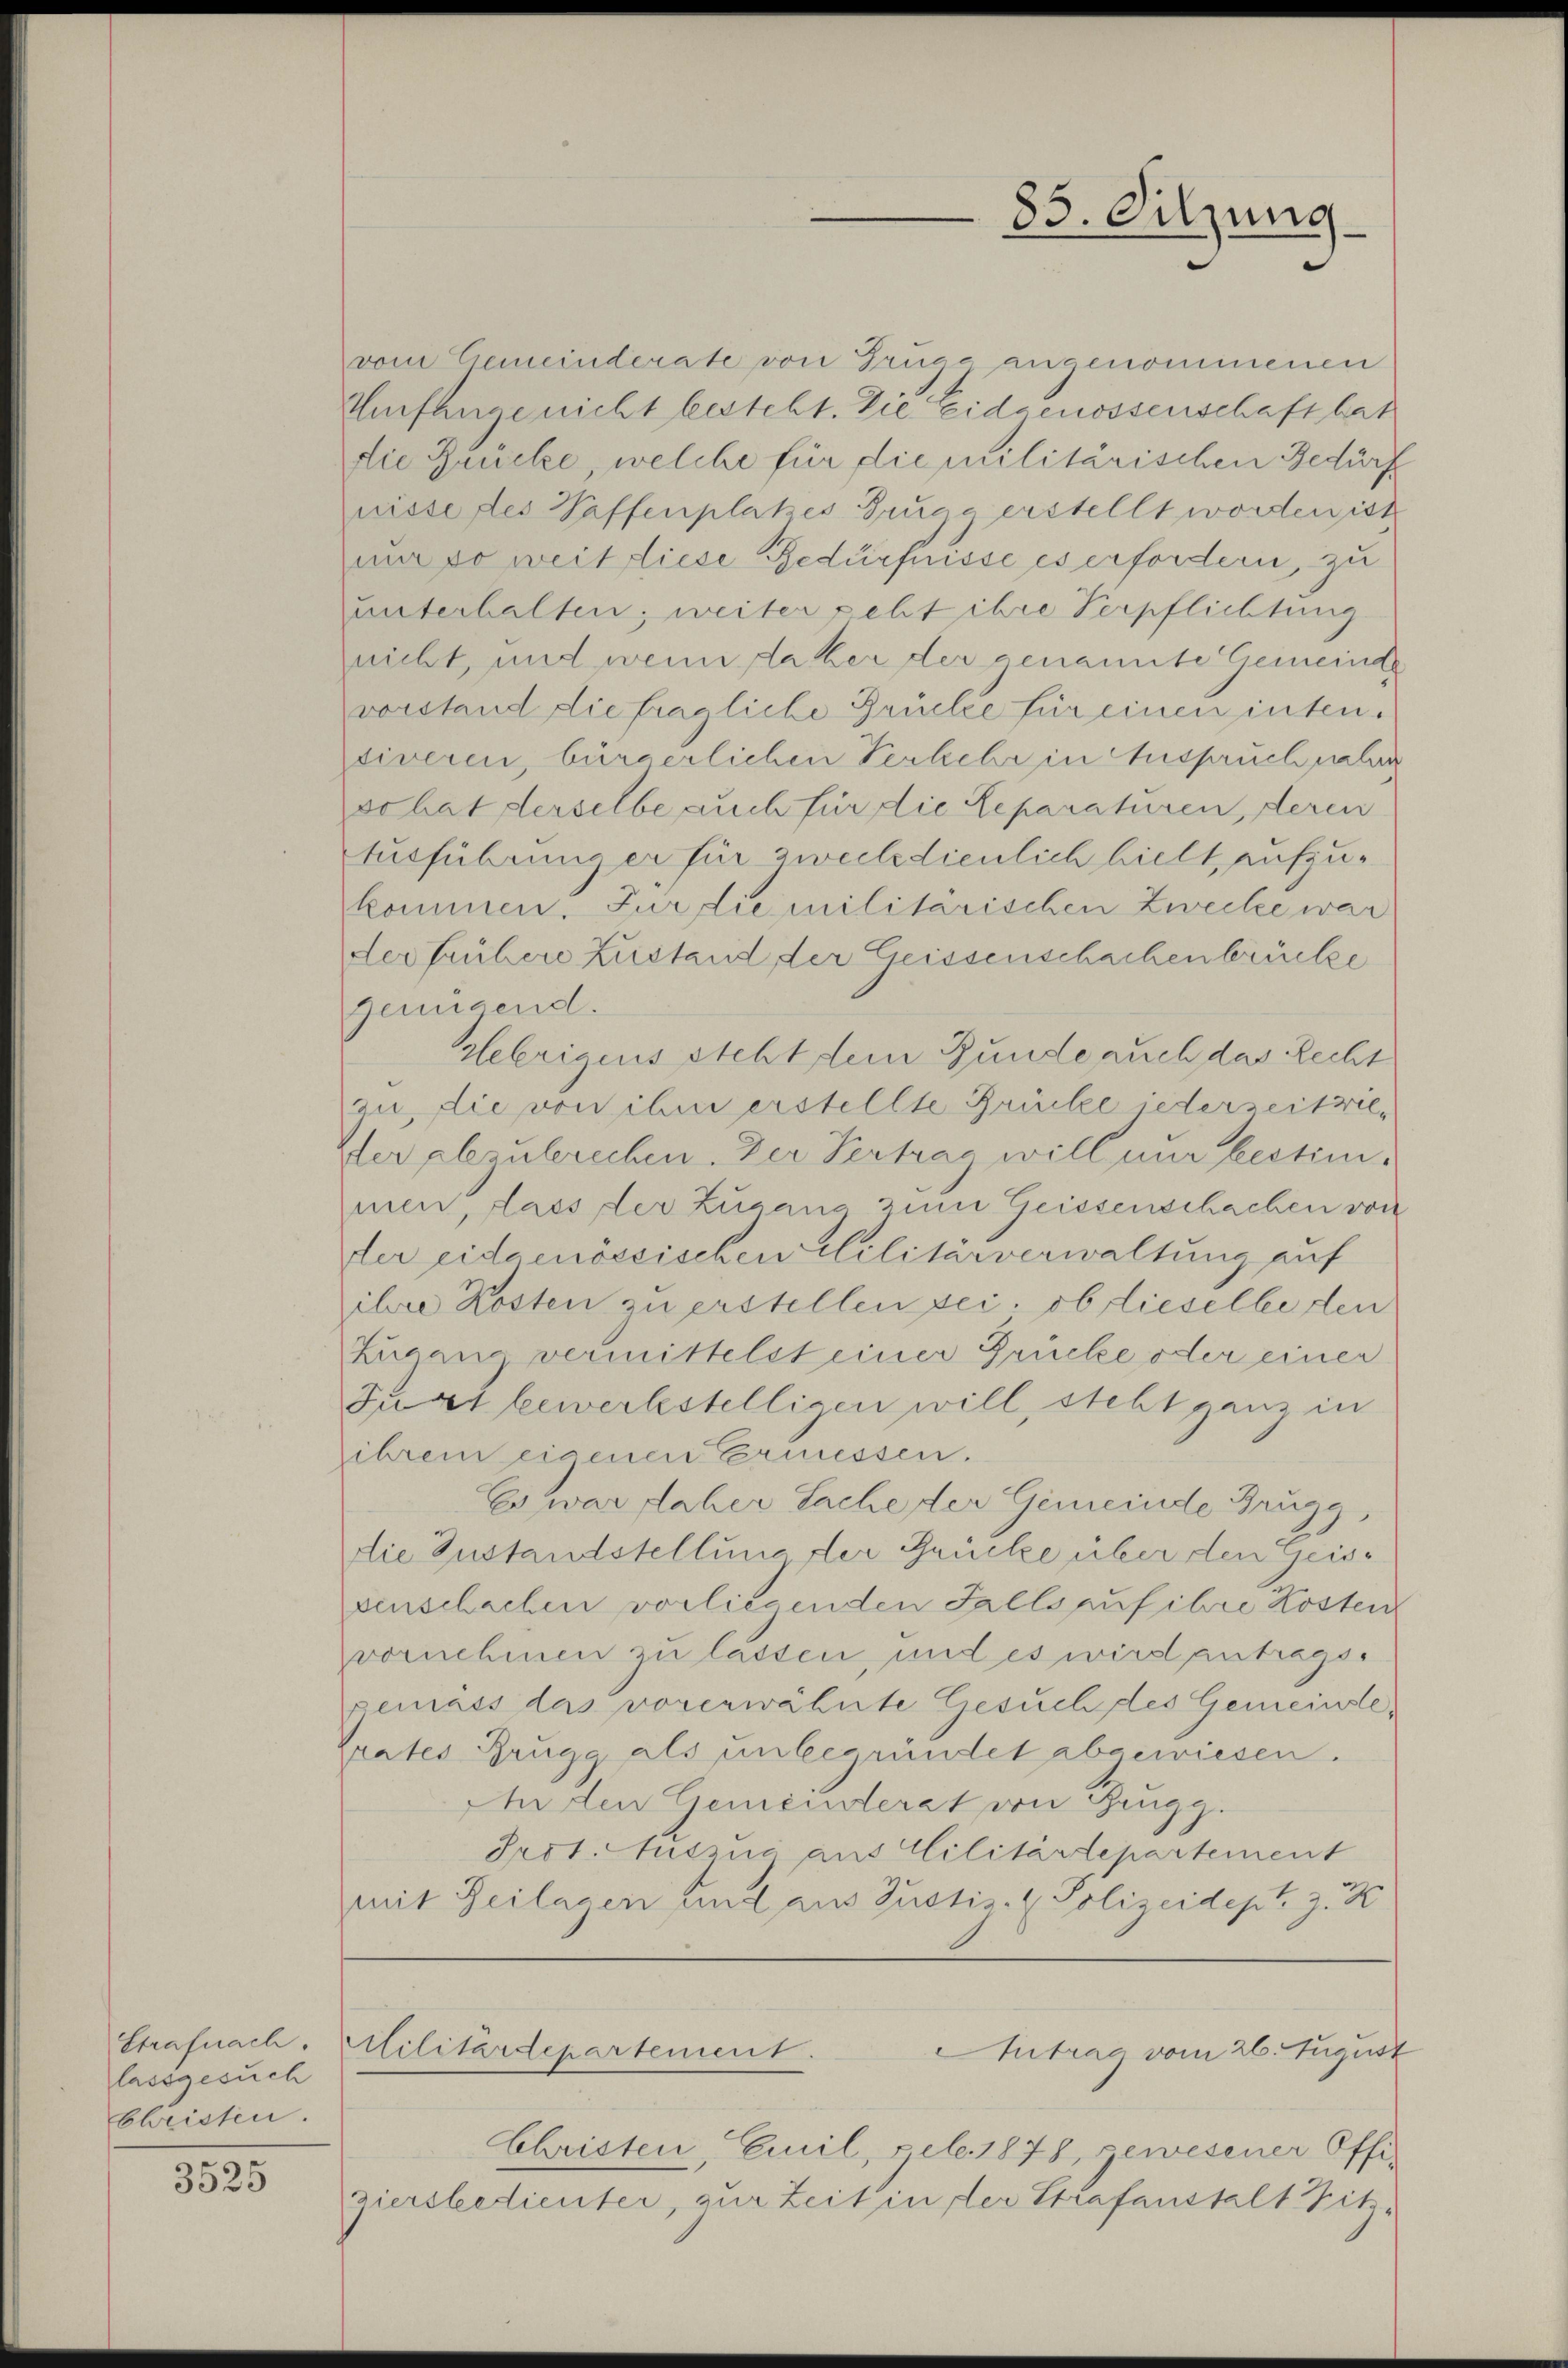
Strafnach.
lassgesuch
Christen.

3525

vom Gemeinderate von Grüge angenommenen
Umfange nicht besteht. Die Eidgenossenschaft hat
die Brücke, welche für die Militärischen Bedürf
nisse des Waffenplatzes Grund erstellt worden ist
mm so weit diese Bedürfnisse es erfordern, zu
unterhalten; weiter geht ihre Verpflichtung
nicht, und wenn daher der genannte Gemeinde
vorstand die fragliche Brücke für einen inten.
siveren, bürgerlichen Verkehr in Anspruch fahre
sc hat derselbe auch für die Reparaturen, deren
Ausführung er für zweckdienlich hielt aufzukommen. Für die militarischen Zwecke war
der frühere Zustand der Geissenschachenbrücke
Genügend.
Hebrigens steht dem Bunde auch das Recht
zu, die von ihm erstellte Brücke iederzeitrieder abzuberechen. Der Vertrag will nur bestimmen, dass der Zugang zum Geissenschachen von
ter eidgenössischen Militärverwaltung auf
ihre Kosten zu erstellen sei, ob dieselbe den
Zugano vermittelst einer Grücke oder einer
Furt bewerkstelligen will, steht ganz in
ihrem eigenen Ermessen.
Es war daher Sache der Gemeinde Brude
die Zustandstellung der Brücke über den Geissenschachen vorliegenden Falls auf ihre Kosten
vornehmen zu lassen, und es wird antrags.
gemäss das vorerwähnte Gesuchtes Gemeinde,
Grates Brugg als unbegründet abgewiesen.
An den Gemeinderat von Zeugg.
Prot. Auszug aus Militärdepartement
mit Zeilagen und aus Justiz- & Polizeidept z. B
Militärdepartement.
Antrag vom 26. August
Christen, Emil, Feb. 1878, gewesener Offiziersbedienter, zur Zeit in der Strafenstalt Sitz¬

83. Sitzung.